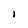
Character: I